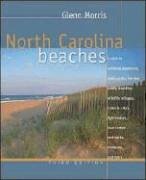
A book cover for North Carolina Beaches; Glenn Morris; Travel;